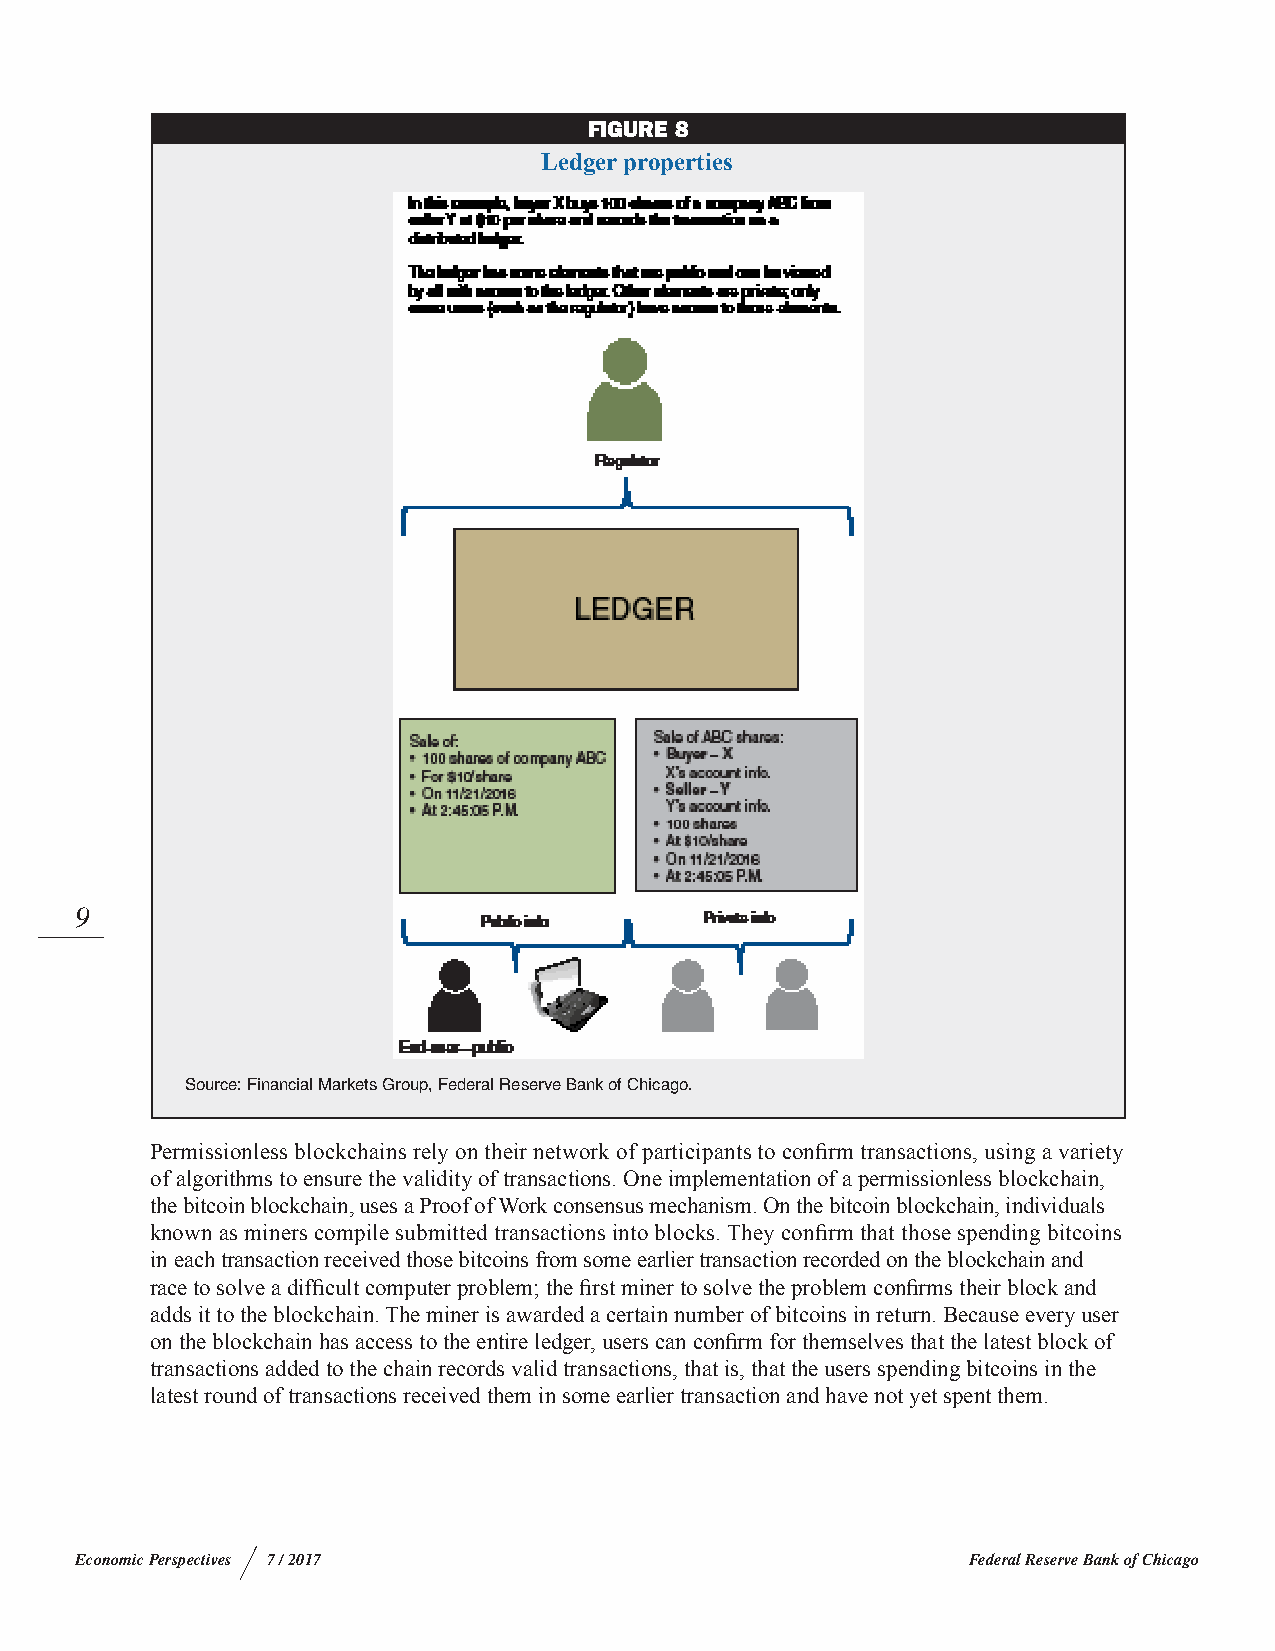
FIGURE 8
 Ledger properties
 9
 Source: Financial Markets Group, Federal Reserve Bank of Chicago.
 Permissionless blockchains rely on their network of participants to confirm transactions, using a variety
 of algorithms to ensure the validity of transactions. One implementation of a permissionless blockchain,
 the bitcoin blockchain, uses a Proof of Work consensus mechanism. On the bitcoin blockchain, individuals
 known as miners compile submitted transactions into blocks. They confirm that those spending bitcoins
 in each transaction received those bitcoins from some earlier transaction recorded on the blockchain and
 race to solve a difficult computer problem; the first miner to solve the problem confirms their block and
 adds it to the blockchain. The miner is awarded a certain number of bitcoins in return. Because every user
 on the blockchain has access to the entire ledger, users can confirm for themselves that the latest block of
 transactions added to the chain records valid transactions, that is, that the users spending bitcoins in the
 latest round of transactions received them in some earlier transaction and have not yet spent them.
 Economic Perspectives 7 / 2017                             Federal Reserve Bank of Chicago